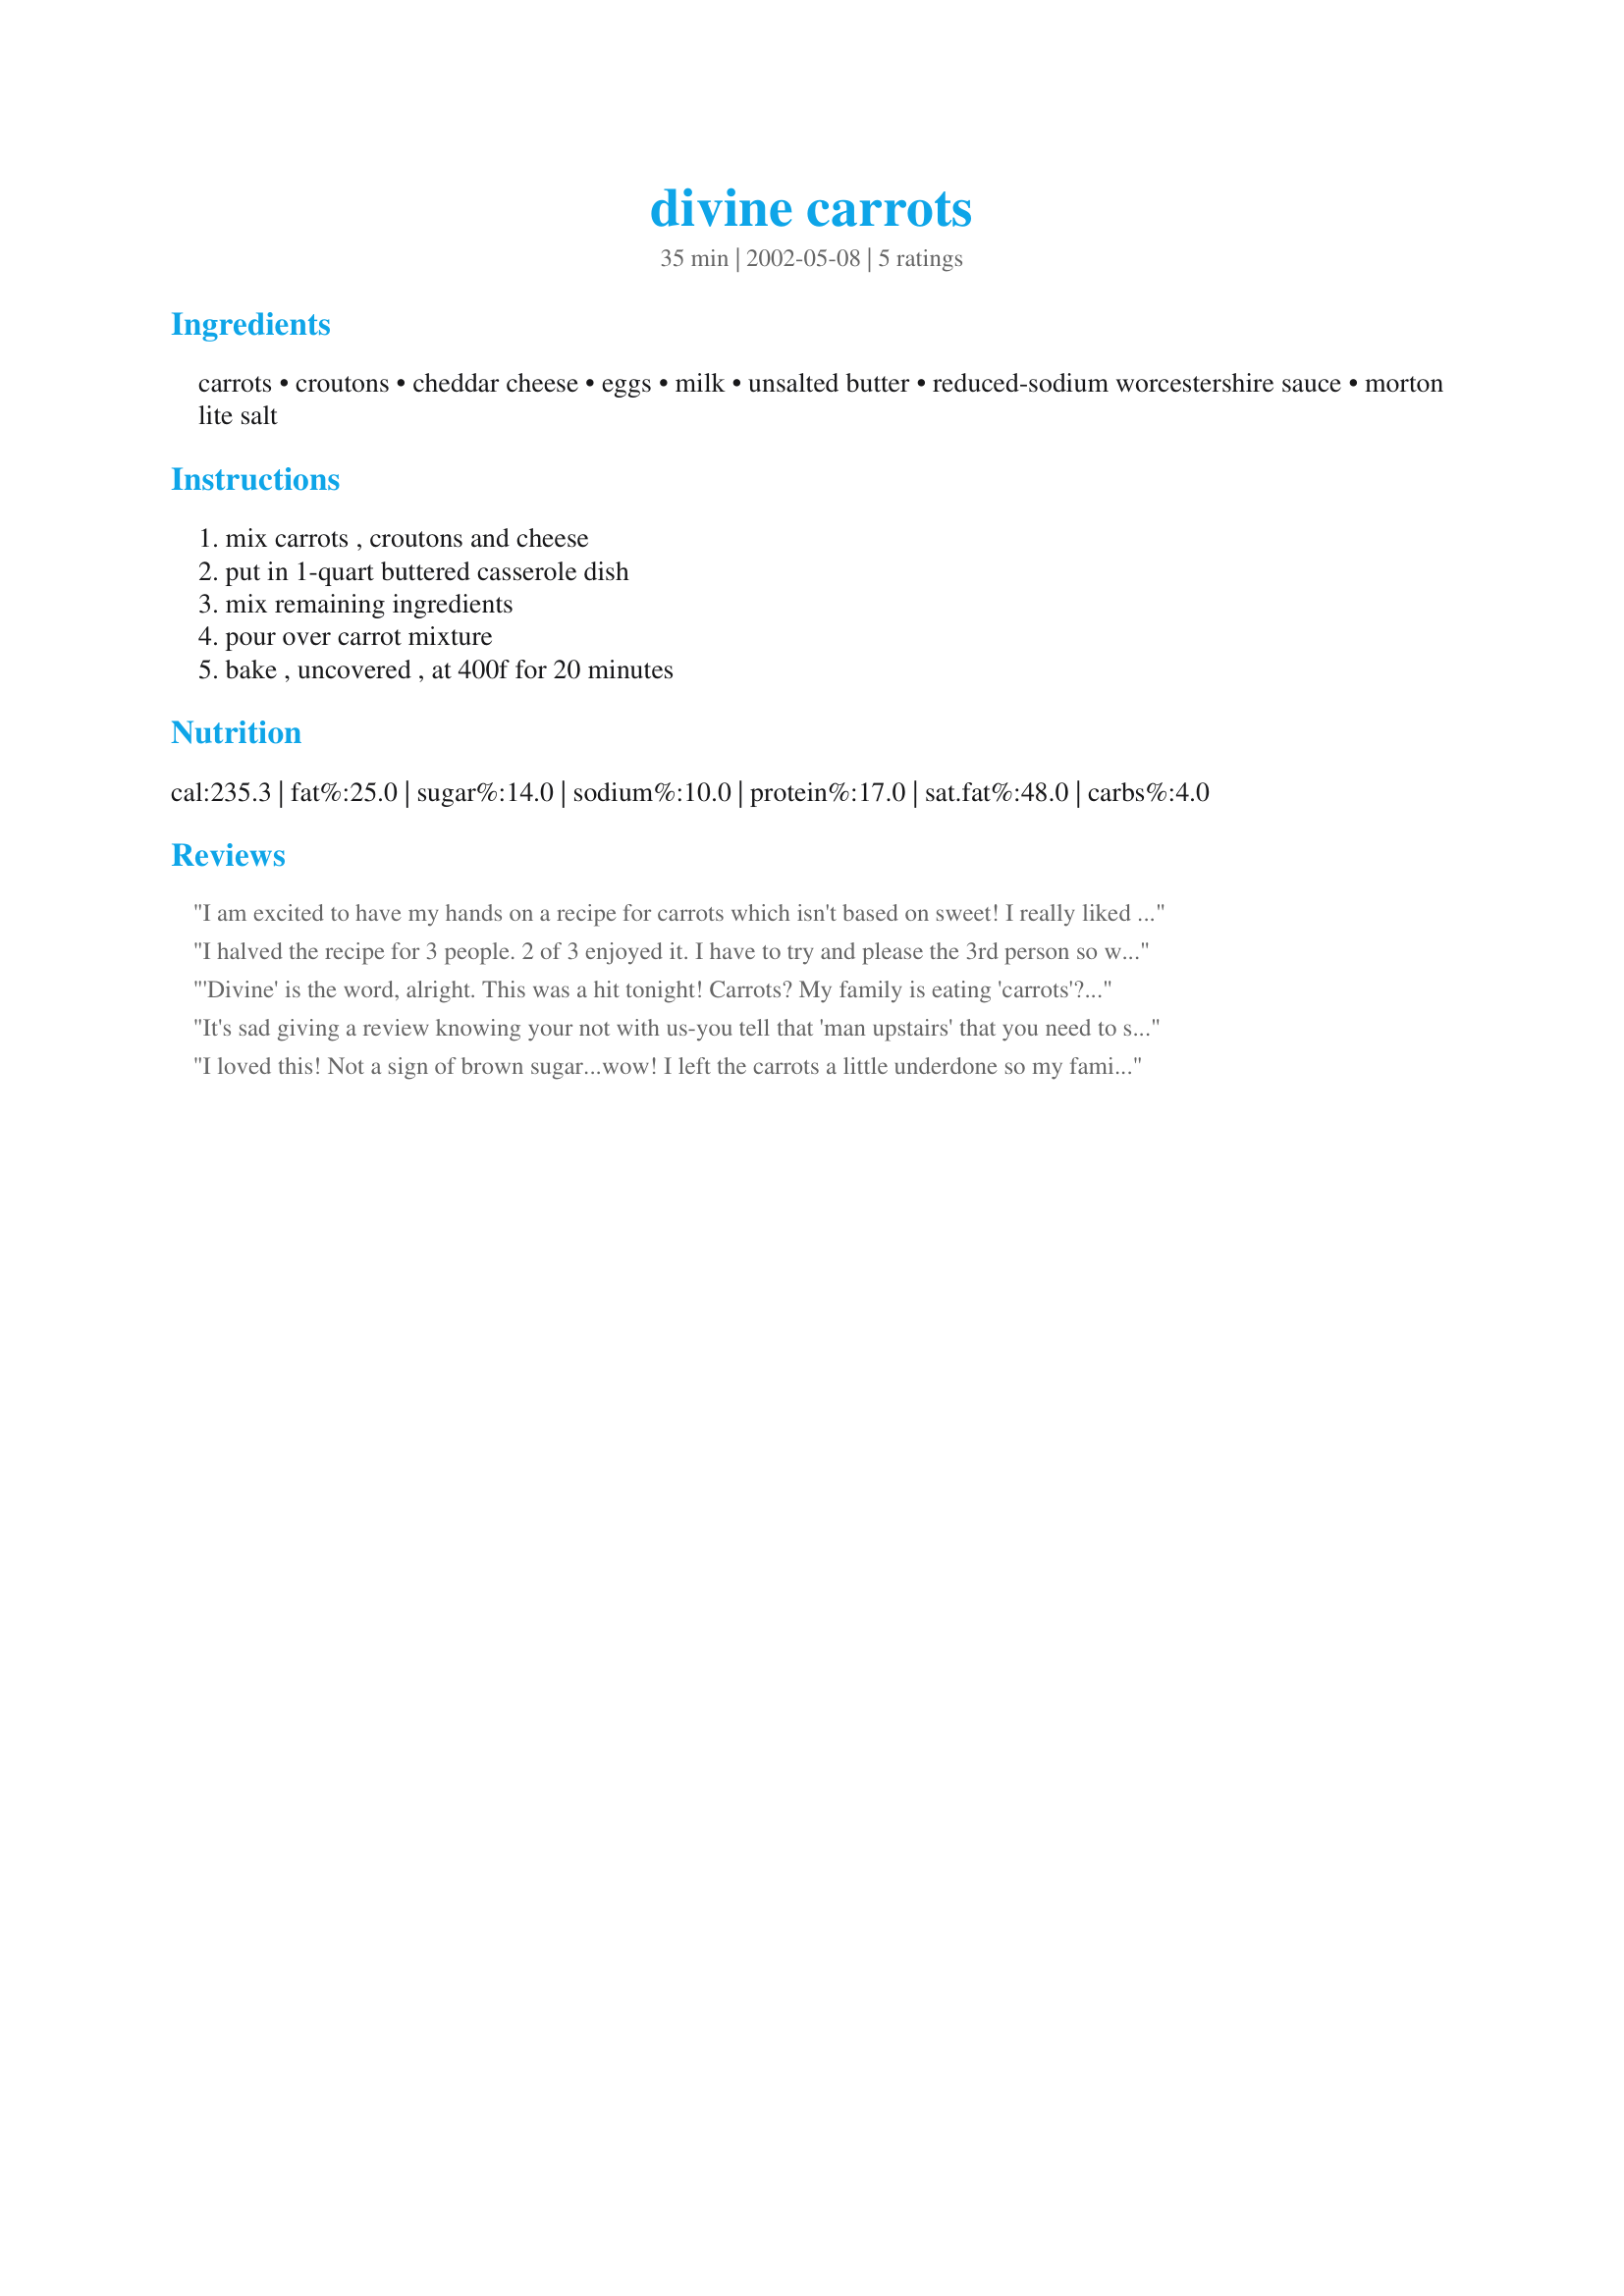
divine carrots
Preparation time: 35 minutes

Ingredients:
carrots, croutons, cheddar cheese, eggs, milk, unsalted butter, reduced-sodium worcestershire sauce, morton lite salt

Steps:
mix carrots , croutons and cheese, put in 1-quart buttered casserole dish, mix remaining ingredients, pour over carrot mixture, bake , uncovered , at 400f for 20 minutes

Reviews:
I am excited to have my hands on a recipe for carrots which isn't based on sweet! I really liked the Worcestershire, but I may reduce the croutons a little next time, or even try seasoned bread/cracker crumbs. My croutons kind of just gummed up instead of doing anything exiting. Cheese/eggs were not overpowering; they merely helped to coat and bring the flavors together. I'm waiting to hear fron the BF how these froze/thawed. Thanks for a savory carrot recipe, Mille!

I halved the recipe for 3 people. 2 of 3 enjoyed it. I have to try and please the 3rd person so won't be making again. I liked it.
'Divine' is the word, alright. This was a hit tonight! Carrots? My family is eating 'carrots'?! LOL This is a great way to use carrots that are just past their prime, too. (Which is what I did.) I made this wheat-free/gluten-free by using wf/gf croutons. And I used regular Worcestershire sauce and salt, since that's what I had. I'm so happy to have a different carrot recipe.
It's sad giving a review knowing your not with us-you tell that 'man upstairs' that you need to see your reviews every now and again....These were good but pretty crouton-y, next time I make them I would either crush them or add seasoned stuffing mix.
I loved this! Not a sign of brown sugar...wow! I left the carrots a little underdone so my family would eat this. We all liked it! Can't wait to make it again with different flavored croutons.
